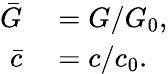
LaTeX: \begin{array}{rl}{\bar{G}}&{{}=G/G_{0},}\\ {\bar{c}}&{{}=c/c_{0}.}\end{array}